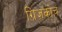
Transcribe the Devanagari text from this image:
ग्रिज़कोच